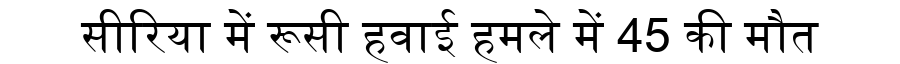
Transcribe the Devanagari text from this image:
सीरिया में रूसी हवाई हमले में 45 की मौत